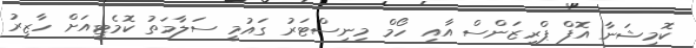
ކޮމިޝަނާ އޮފް ޕްރިޒަންސް އާއި ހޯމް މިނިސްޓަރު ގައުމީ ސަލާމަތު ކޮމެޓީއަށް ހާޒިރު